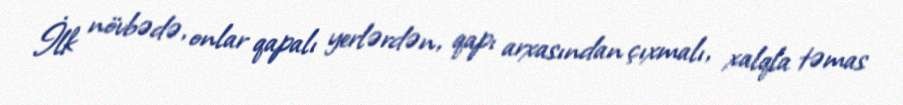
İlk növbədə, onlar qapalı yerlərdən, qapı arxasından çıxmalı, xalqla təmas